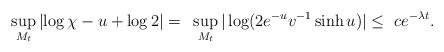
LaTeX: \begin{align*} \sup_{M_t}\left |\log\chi-u+\log 2\right |=~ \sup_{M_t}|\log(2e^{-u}v^{-1}\sinh u)|\leq ~ce^{-\lambda t}.\end{align*}